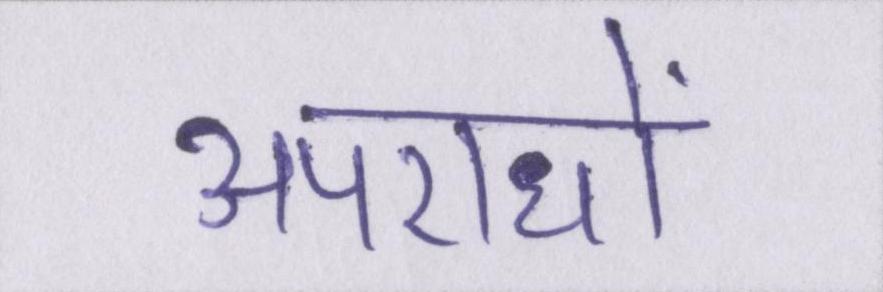
अपराधों